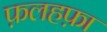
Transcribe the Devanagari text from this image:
फ़लहफ़ा